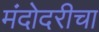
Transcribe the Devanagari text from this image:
मंदोदरीचा